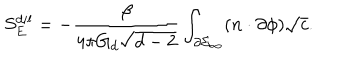
LaTeX: S _ { E } ^ { d i l } = - \frac { \beta } { 4 \pi G _ { d } \sqrt { d - 2 } } \int _ { \partial \Sigma _ { \infty } } ( n \cdot \partial \phi ) \sqrt { c } .